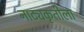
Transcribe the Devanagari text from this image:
नाट्यकृतीला